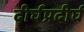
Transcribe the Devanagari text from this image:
दीर्घप्रदीर्घ